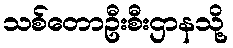
သစ်တောဦးစီးဌာနသို့